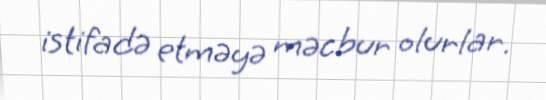
istifadə etməyə məcbur olurlar.